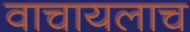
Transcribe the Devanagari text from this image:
वाचायलाच